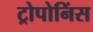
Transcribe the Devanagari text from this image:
ट्रोपोनिंस